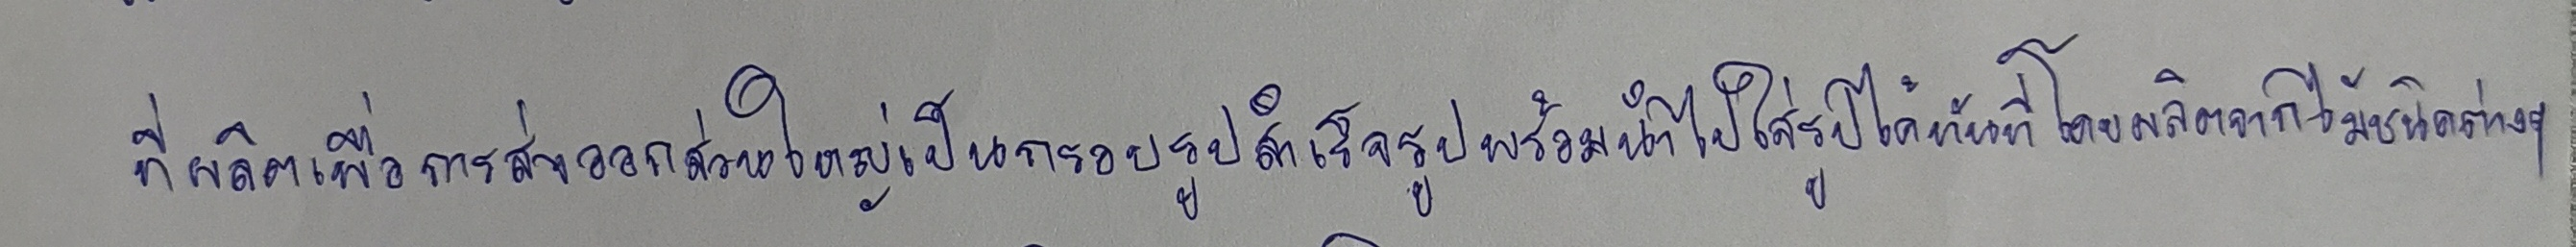
ที่ผลิตเพื่อการส่งออกส่วนใหญ่เป็นกรอบรูปสำเร็จรูปพร้อมนำไปใส่รูปได้ทันทีโดยผลิตจากไม้ชนิดต่างๆ